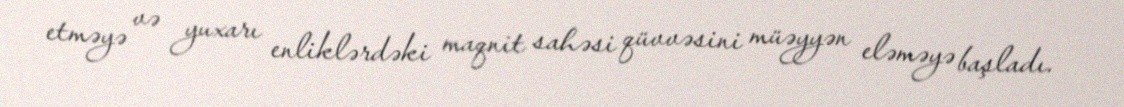
etməyə və yuxarı enliklərdəki maqnit sahəsi qüvvəsini müəyyən eləməyə başladı.